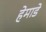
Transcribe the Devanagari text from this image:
हेमाडे